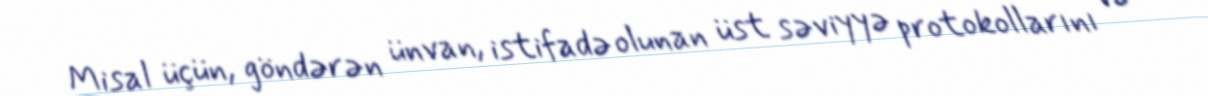
Misal üçün, göndərən ünvan, istifadə olunan üst səviyyə protokollarını və